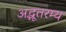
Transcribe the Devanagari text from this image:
अद्भूतरम्य